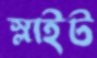
স্লাইট